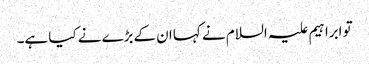
تو ابراہیم علیہ السلام نے کہا ان کےبڑے نے کیا ہے۔